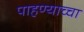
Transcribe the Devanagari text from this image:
पाहण्याच्चा